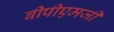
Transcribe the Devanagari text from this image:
बीपीएमजी